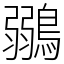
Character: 鶸